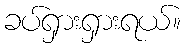
ခပ်ရှားရှားရယ်။